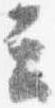
云